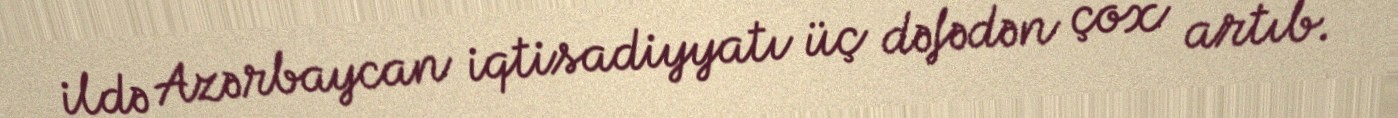
ildə Azərbaycan iqtisadiyyatı üç dəfədən çox artıb.